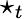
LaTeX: \star_{t}